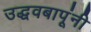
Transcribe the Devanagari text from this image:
उद्धवबापूंनी